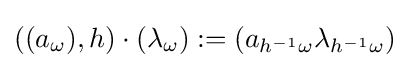
((a_{\omega }),h)\cdot (\lambda _{\omega }):=(a_{h^{-1}\omega }\lambda _{h^{-1}\omega })